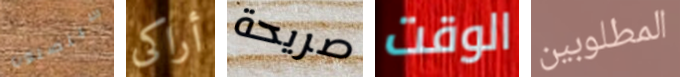
سيتصلون أراكى صريحة الوقت المطلوبين